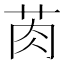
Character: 𱽠